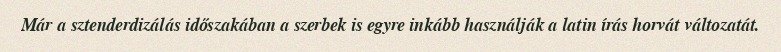
Már a sztenderdizálás időszakában a szerbek is egyre inkább használják a latin írás horvát változatát.